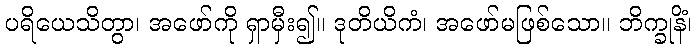
ပရိယေသိတွာ၊ အဖော်ကို ရှာမှီး၍။ ဒုတိယိကံ၊ အဖော်မဖြစ်သော။ ဘိက္ခုနိံ၊